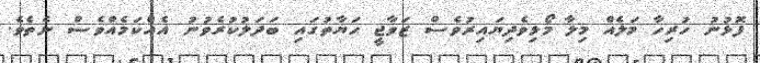
ފޮޅުނު ހުރިހާ މަލެއް މިލާ މޯޅިވެދިޔައިރުވެސް ޒަވާޖީ ހަޔާތުގައި ބަދަލުކުރެވުނު އެއްކަމެއްވެސް ނެތެވެ.